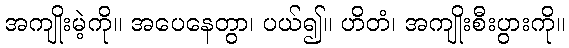
အကျိုးမဲ့ကို။ အပေနေတွာ၊ ပယ်၍။ ဟိတံ၊ အကျိုးစီးပွားကို။